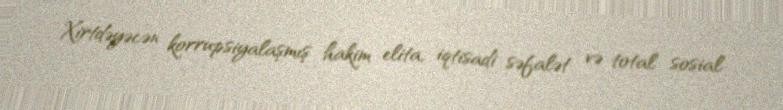
Xirtdəyəcən korrupsiyalaşmış hakim elita, iqtisadi səfalət və total sosial